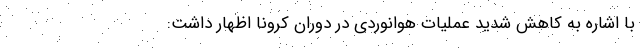
با اشاره به کاهش شدید عملیات هوانوردی در دوران کرونا اظهار داشت: